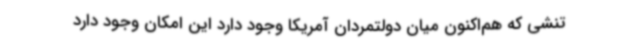
تنشی که هم‌اکنون میان دولتمردان آمریکا وجود دارد این امکان وجود دارد